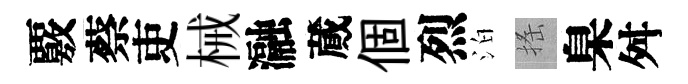
覈蔡吏械瀜蕆個烈泊搖臬舛